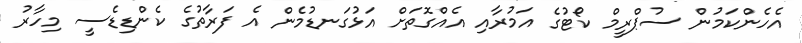
އެހެންކަމުން ސުޕްރީމް ކޯޓުގެ އަމުރާއި އެއްގޮތަށް އަޅުގަނޑުމެން އެ ފަރާތުގެ ކެންޑިޑެސީ މިހާރު